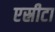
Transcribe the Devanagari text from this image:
एस्रीटा